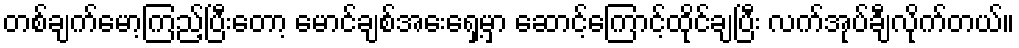
တစ်ချက်မော့ကြည့်ပြီးတော့ မောင်ချစ်အေးရှေ့မှာ ဆောင့်ကြောင့်ထိုင်ချပြီး လက်အုပ်ချီလိုက်တယ်။